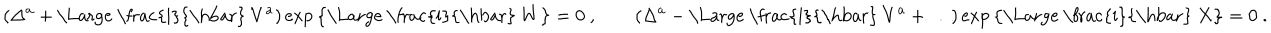
( \Delta ^ { a } + \mathrm { \Large ~ \frac { i } { \hbar } ~ } V ^ { a } ) \exp \big \{ \mathrm { \Large ~ \frac { i } { \hbar } ~ } W \big \} = 0 ~ , \qquad ( \Delta ^ { a } - \mathrm { \Large ~ \frac { i } { \hbar } ~ } V ^ { a } + \ldots ) \exp \big \{ \mathrm { \Large ~ \frac { i } { \hbar } ~ } X \big \} = 0 ~ .